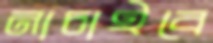
নাচাইবে